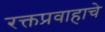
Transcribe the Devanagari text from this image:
रक्तप्रवाहाचे